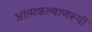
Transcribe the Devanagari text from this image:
आत्मकल्याणरूपी